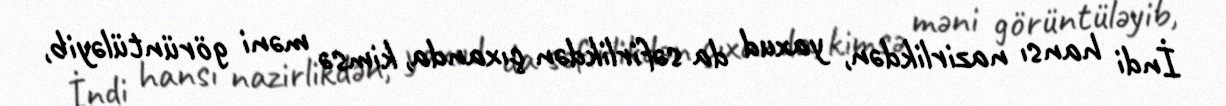
İndi hansı nazirlikdən, yaxud da səfirlikdən çıxanda, kimsə məni görüntüləyib,